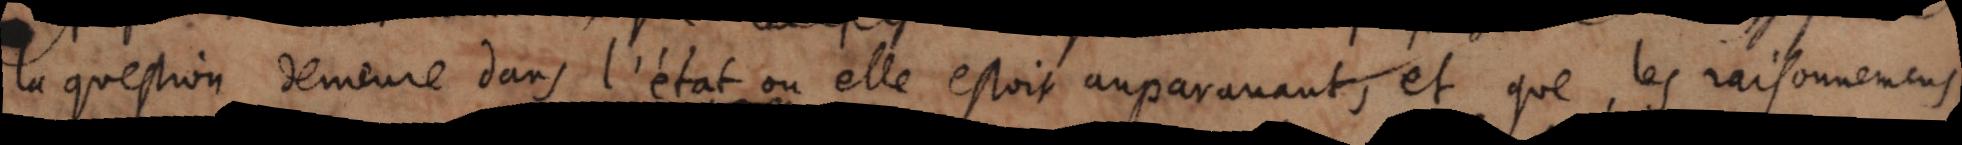
la question demeure dans l’état ou elle estoit auparavant, et que, les raisonnemens